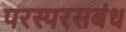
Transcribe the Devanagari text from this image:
परस्परसबंध